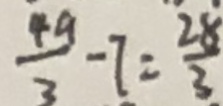
\frac { 4 9 } { 3 } - 7 = \frac { 2 8 } { 3 }